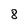
Character: 8